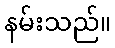
နမ်းသည်။